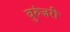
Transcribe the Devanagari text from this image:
वुरुंजरी